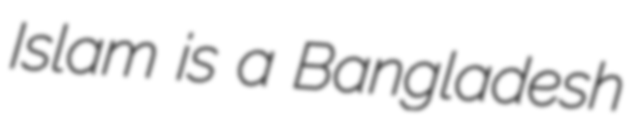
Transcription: Islam is a Bangladesh